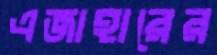
এজাহারের